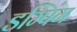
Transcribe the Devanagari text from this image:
डम्पिंग